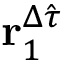
\mathbf { r } _ { 1 } ^ { \Delta \hat { \tau } }